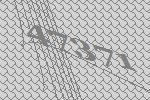
47371